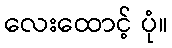
လေးထောင့် ပုံ။